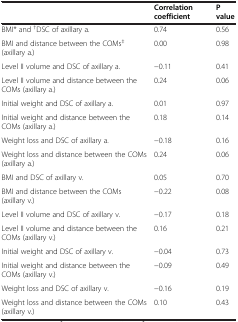
<table><thead><tr><td><b> </b></td><td><b>Correlation coefficient</b></td><td><b>P value</b></td></tr></thead><tbody><tr><td>BMI* and <sup>†</sup>DSC of axillary a.</td><td>0.74</td><td>0.56</td></tr><tr><td>BMI and distance between the COMs<sup>‡</sup>(axillary a.)</td><td>0.00</td><td>0.98</td></tr><tr><td>Level II volume and DSC of axillary a.</td><td>−0.11</td><td>0.41</td></tr><tr><td>Level II volume and distance between the COMs (axillary a.)</td><td>0.24</td><td>0.06</td></tr><tr><td>Initial weight and DSC of axillary a.</td><td>0.01</td><td>0.97</td></tr><tr><td>Initial weight and distance between the COMs (axillary a.)</td><td>0.18</td><td>0.14</td></tr><tr><td>Weight loss and DSC of axillary a.</td><td>−0.18</td><td>0.16</td></tr><tr><td>Weight loss and distance between the COMs (axillary a.)</td><td>0.24</td><td>0.06</td></tr><tr><td>BMI and DSC of axillary v.</td><td>0.05</td><td>0.70</td></tr><tr><td>BMI and distance between the COMs (axillary v.)</td><td>−0.22</td><td>0.08</td></tr><tr><td>Level II volume and DSC of axillary v.</td><td>−0.17</td><td>0.18</td></tr><tr><td>Level II volume and distance between the COMs (axillary v.)</td><td>0.16</td><td>0.21</td></tr><tr><td>Initial weight and DSC of axillary v.</td><td>−0.04</td><td>0.73</td></tr><tr><td>Initial weight and distance between the COMs (axillary v.)</td><td>−0.09</td><td>0.49</td></tr><tr><td>Weight loss and DSC of axillary v.</td><td>−0.16</td><td>0.19</td></tr><tr><td>Weight loss and distance between the COMs (axillary v.)</td><td>0.10</td><td>0.43</td></tr></tbody></table>